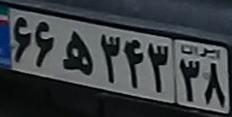
۶۶ه۳۴۳۳۸